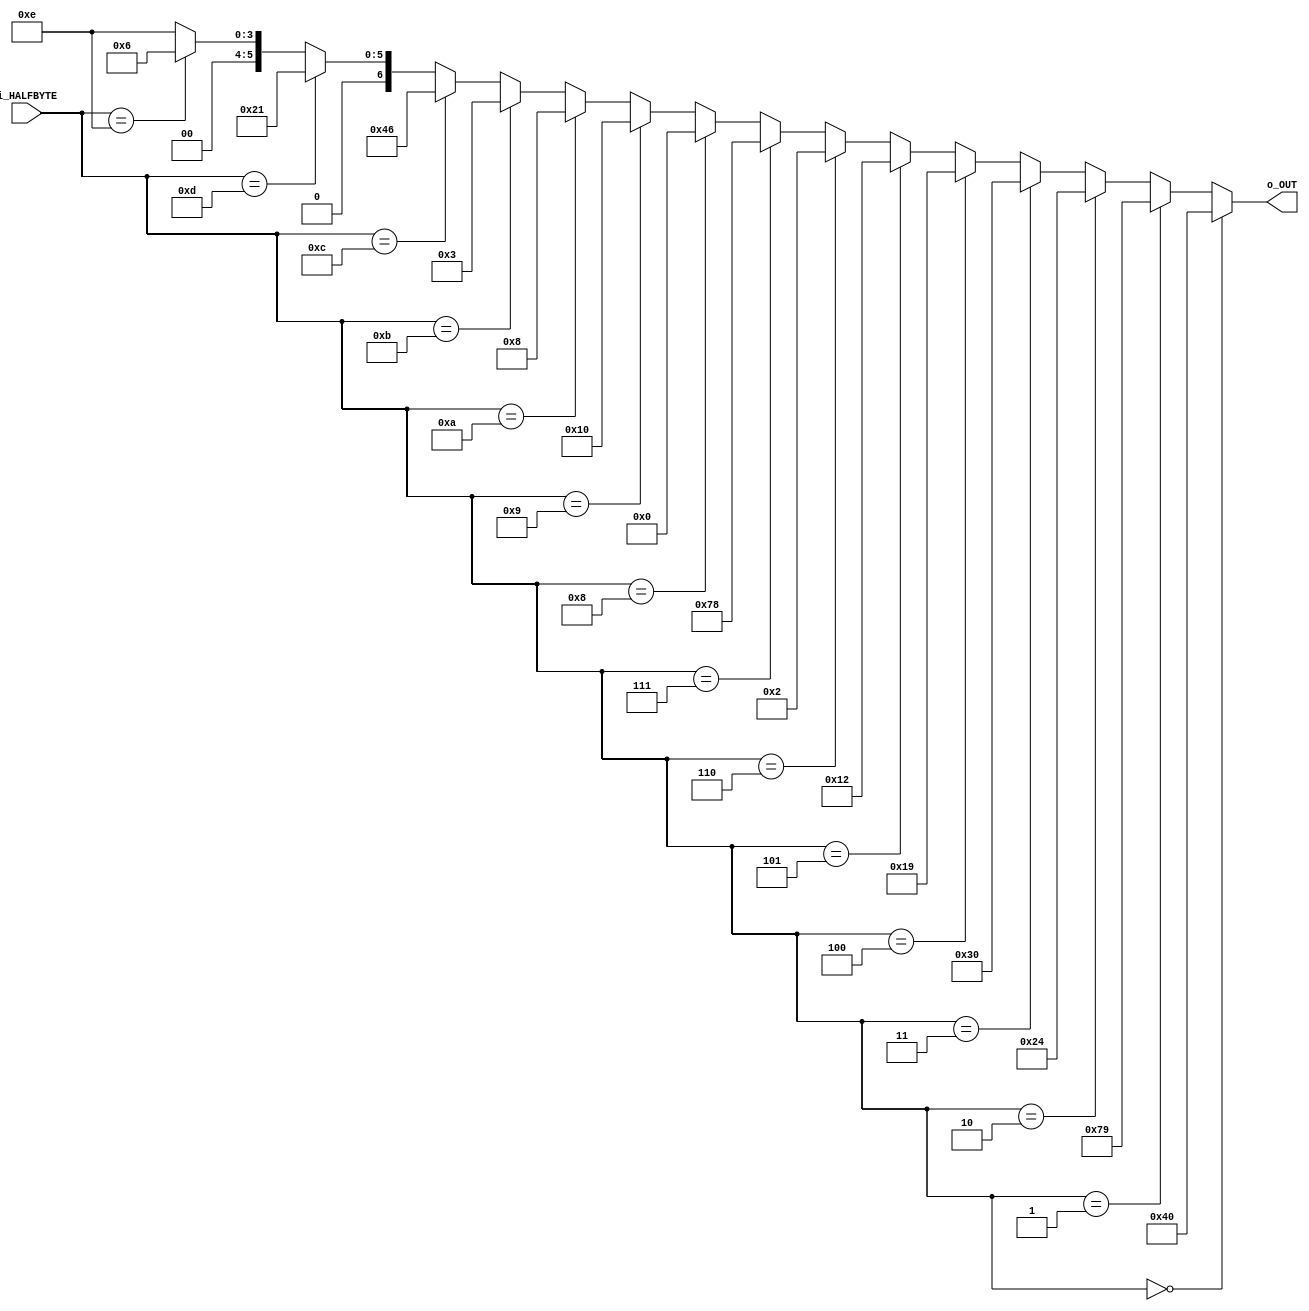
// Major thanks to jopheno for helping out with this code!

module ConvertSegmentDisplay (
    input  [3:0] i_HALFBYTE,
    output [6:0] o_OUT
);

// OUT format .GFEDCBA

assign o_OUT = i_HALFBYTE == 4'b0000 ? 8'b01000000 : // 0
               i_HALFBYTE == 4'b0001 ? 8'b01111001 : // 1
               i_HALFBYTE == 4'b0010 ? 8'b00100100 : // 2
               i_HALFBYTE == 4'b0011 ? 8'b00110000 : // 3
               i_HALFBYTE == 4'b0100 ? 8'b00011001 : // 4
               i_HALFBYTE == 4'b0101 ? 8'b00010010 : // 5
               i_HALFBYTE == 4'b0110 ? 8'b00000010 : // 6
               i_HALFBYTE == 4'b0111 ? 8'b01111000 : // 7
               i_HALFBYTE == 4'b1000 ? 8'b00000000 : // 8
               i_HALFBYTE == 4'b1001 ? 8'b00010000 : // 9
               i_HALFBYTE == 4'b1010 ? 8'b00001000 : // A
               i_HALFBYTE == 4'b1011 ? 8'b00000011 : // B
               i_HALFBYTE == 4'b1100 ? 8'b01000110 : // C
               i_HALFBYTE == 4'b1101 ? 8'b00100001 : // D
               i_HALFBYTE == 4'b1110 ? 8'b00000110 : // E
                                       8'b00001110 ; // F

endmodule